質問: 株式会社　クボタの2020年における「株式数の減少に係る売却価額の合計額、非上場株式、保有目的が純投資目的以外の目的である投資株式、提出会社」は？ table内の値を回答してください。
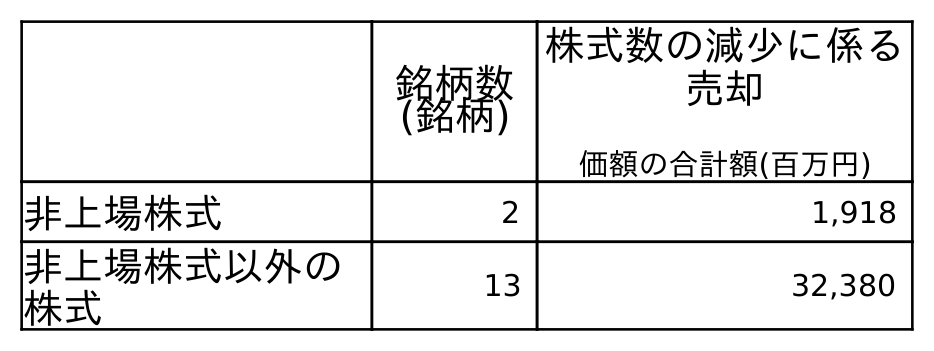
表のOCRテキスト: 銘柄数 (銘柄) 株式数の減少に係る 売却 価額の合計額(百万円) 非上場株式 2 1,918 非上場株式以外の 株式 13 32,380
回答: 1,918